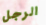
الرجل